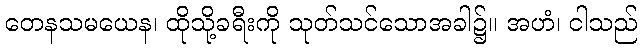
တေနသမယေန၊ ထိုသို့ခရီးကို သုတ်သင်သောအခါ၌။ အဟံ၊ ငါသည်